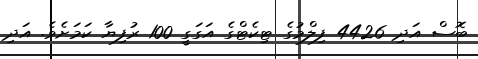
ބޮސް އަދި 4426 ފިލްމުގެ ޓިކެޓްގެ އަގަގީ 100 ރުފިޔާ ކަމަށެވެ. އަދި